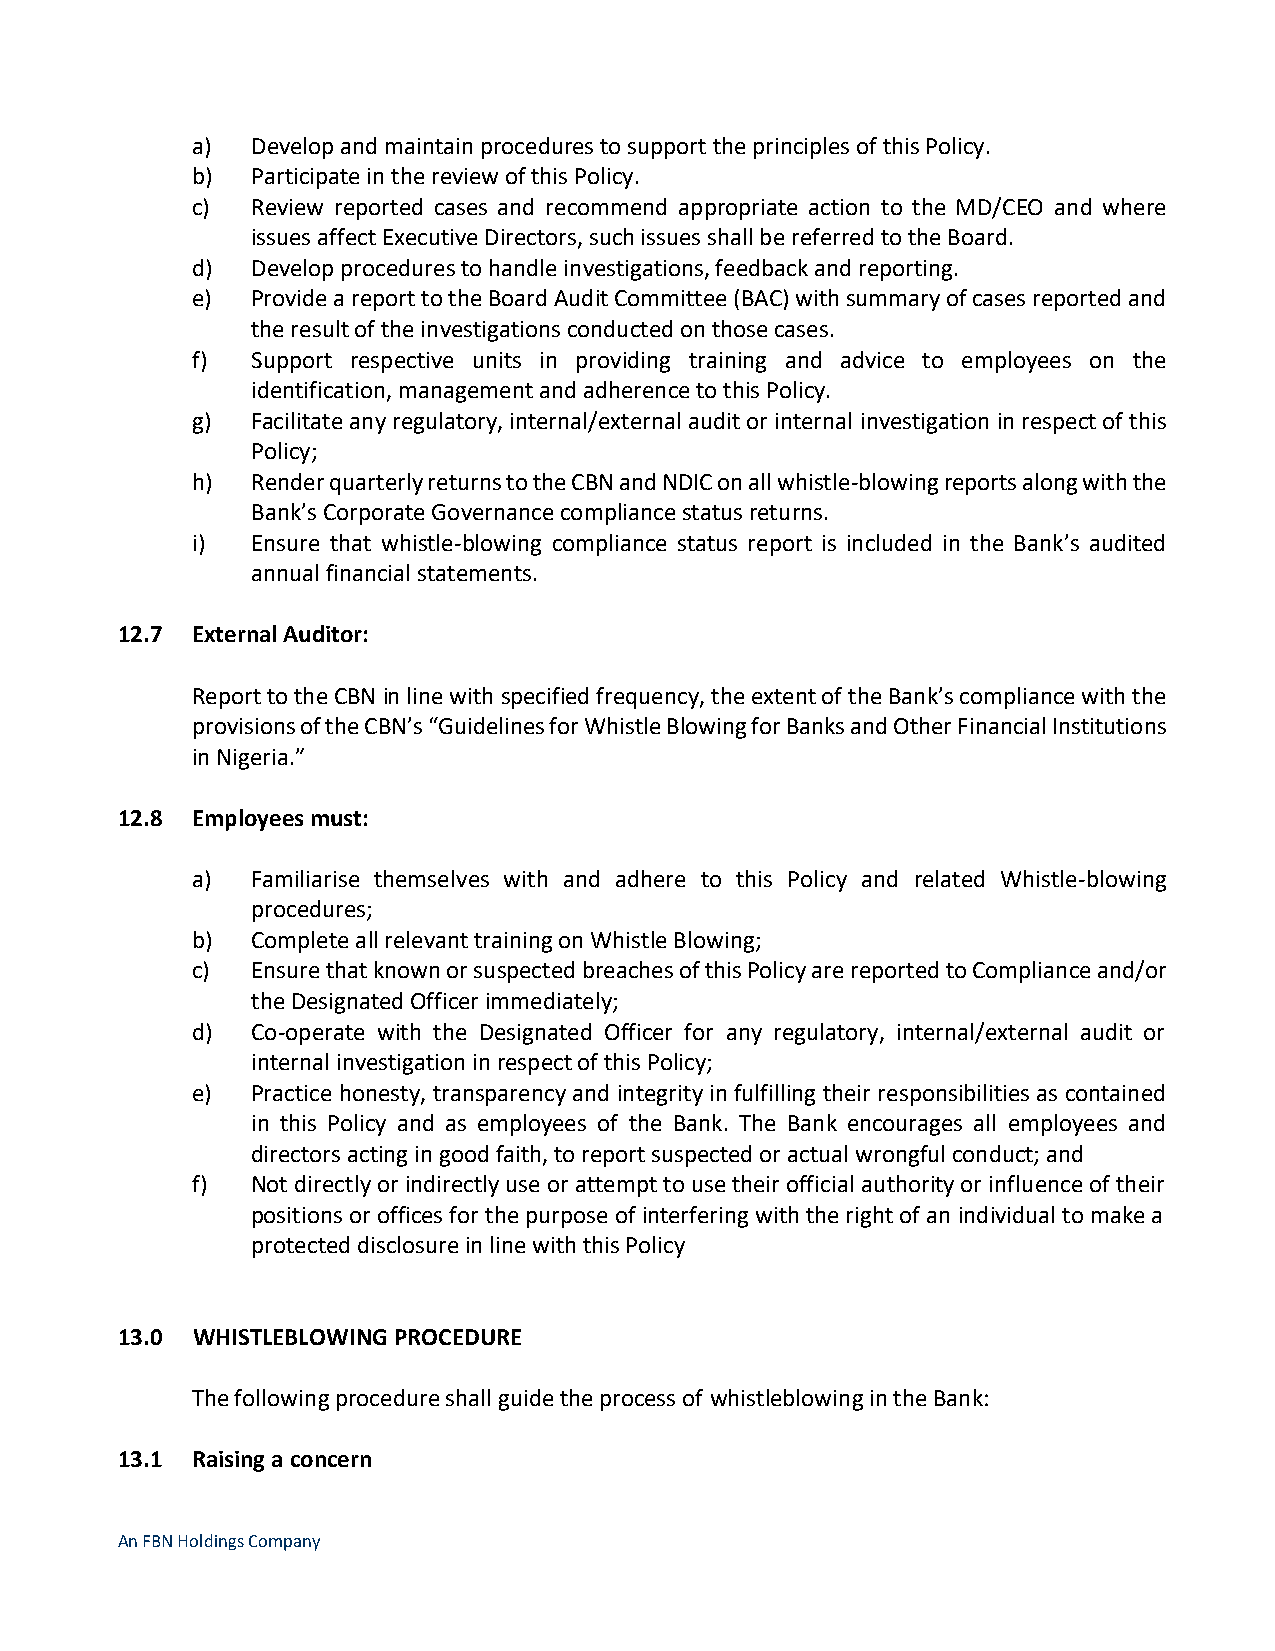
a)  Develop and maintain procedures to support the principles of this Policy.
 b)  Participate in the review of this Policy.
 c)  Review reported cases and recommend appropriate action to the MD/CEO and where
 issues affect Executive Directors, such issues shall be referred to the Board.
 d)  Develop procedures to handle investigations, feedback and reporting.
 e)  Provide a report to the Board Audit Committee (BAC) with summary of cases reported and
 the result of the investigations conducted on those cases.
 f)  Support respective units in providing training and advice to employees on the
 identification, management and adherence to this Policy.
 g)  Facilitate any regulatory, internal/external audit or internal investigation in respect of this
 Policy;
 h)  Render quarterly returns to the CBN and NDIC on all whistle-blowing reports along with the
 Bank’s Corporate Governance compliance status returns.
 i)  Ensure that whistle-blowing compliance status report is included in the Bank’s audited
 annual financial statements.
 12.7 External Auditor:
 Report to the CBN in line with specified frequency, the extent of the Bank’s compliance with the
 provisions of the CBN’s “Guidelines for Whistle Blowing for Banks and Other Financial Institutions
 in Nigeria.”
 12.8 Employees must:
 a)  Familiarise themselves with and adhere to this Policy and related Whistle-blowing
 procedures;
 b)  Complete all relevant training on Whistle Blowing;
 c)  Ensure that known or suspected breaches of this Policy are reported to Compliance and/or
 the Designated Officer immediately;
 d)  Co-operate with the Designated Officer for any regulatory, internal/external audit or
 internal investigation in respect of this Policy;
 e)  Practice honesty, transparency and integrity in fulfilling their responsibilities as contained
 in this Policy and as employees of the Bank. The Bank encourages all employees and
 directors acting in good faith, to report suspected or actual wrongful conduct; and
 f)  Not directly or indirectly use or attempt to use their official authority or influence of their
 positions or offices for the purpose of interfering with the right of an individual to make a
 protected disclosure in line with this Policy
 13.0 WHISTLEBLOWING PROCEDURE
 The following procedure shall guide the process of whistleblowing in the Bank:
 13.1 Raising a concern
 An FBN Holdings Company